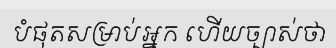
បំផុតសម្រាប់អ្នក ហើយច្បាស់ថា